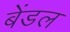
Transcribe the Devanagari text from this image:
बेंडल